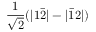
\frac { 1 } { \sqrt { 2 } } ( | 1 \bar { 2 } | - | \bar { 1 } 2 | )